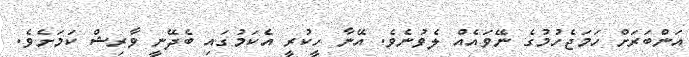
އަންބަރަށް ހަމަޖެހުމުގެ ނޭވައެއް ލެވުނެވެ. އޭނާ ހީކުރީ އެކަމުގައި ބެދޭނީ ވާރިޝް ކަމަށެވެ.